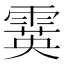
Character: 霙